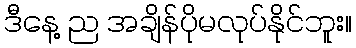
ဒီနေ့ ည အချိန်ပိုမလုပ်နိုင်ဘူး။